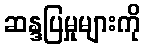
ဆန္ဒပြမှုများကို